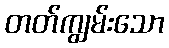
တတ်ကျွမ်းသော